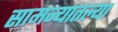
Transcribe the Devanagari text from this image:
सामन्यातल्या